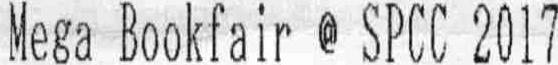
MEGA BOOKFAIR @ SPCC 2017